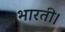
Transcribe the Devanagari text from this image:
भारती।